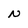
Character: N